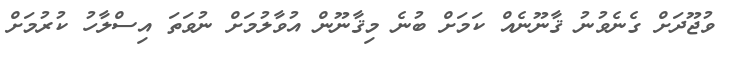
ވުޖޫދަށް ގެނެވުނު ޤާނޫނެއް ކަމަށް ބުނެ މިޤާނޫން އުވާލުމަށް ނުވަތަ އިސްލާހު ކުރުމަށް